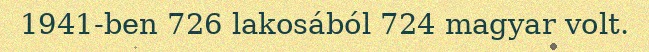
1941-ben 726 lakosából 724 magyar volt.